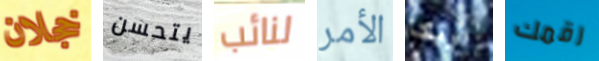
خجلان يتحسن لنائب الأمر اريكا رقمك